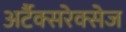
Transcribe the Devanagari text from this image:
अर्टैक्सरेक्सेज